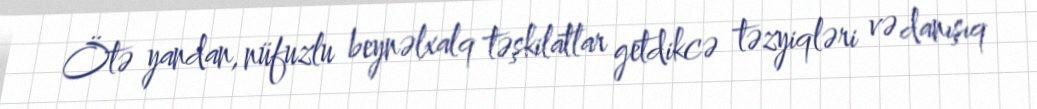
Ötə yandan, nüfuzlu beynəlxalq təşkilatlar getdikcə təzyiqləri və danışıq